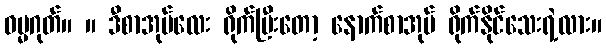
ဓမ္မဂုတ်။ ။ ဒီစာအုပ်လေး ရိုက်ပြီးတော့ နောက်စာအုပ် ရိုက်နိုင်သေးရဲ့လား။